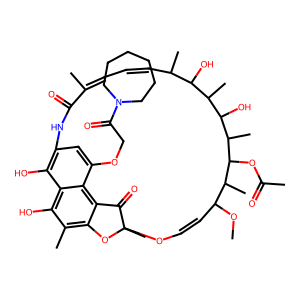
SMILES: COC1C=COC2(C)Oc3c(C)c(O)c4c(O)c(cc(OCC(=O)N5CCCCCC5)c4c3C2=O)NC(=O)C(C)=CC=CC(C)C(O)C(C)C(O)C(C)C(OC(C)=O)C1C
Inhibits HIV replication: No